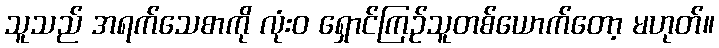
သူသည် အရက်သေစာကို လုံးဝ ရှောင်ကြဉ်သူတစ်ယောက်တော့ မဟုတ်။